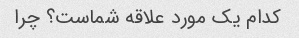
کدام یک مورد علاقه شماست؟ چرا